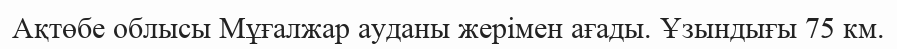
Ақтөбе облысы Мұғалжар ауданы жерімен ағады. Ұзындығы 75 км.